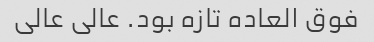
فوق العاده تازه بود. عالی عالی